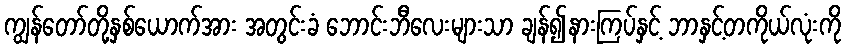
ကျွန်တော်တို့နှစ်ယောက်အား အတွင်းခံ ဘောင်းဘီလေးများသာ ချန်၍နားကြပ်နှင့် ဘာနှင့်တကိုယ်လုံးကို